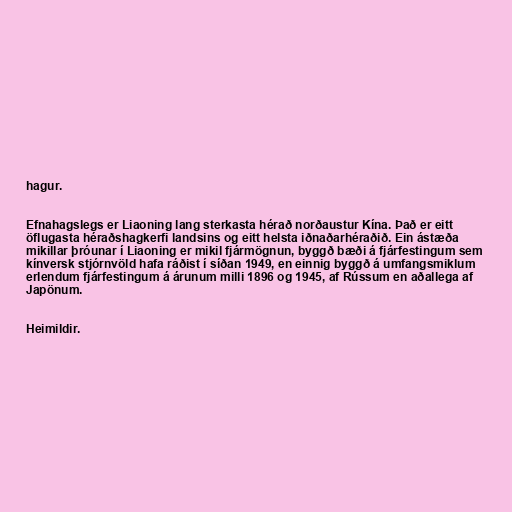
hagur.

Efnahagslegs er Liaoning lang sterkasta hérað norðaustur Kína. Það er eitt
öflugasta héraðshagkerfi landsins og eitt helsta iðnaðarhéraðið. Ein ástæða
mikillar þróunar í Liaoning er mikil fjármögnun, byggð bæði á fjárfestingum sem
kínversk stjórnvöld hafa ráðist í síðan 1949, en einnig byggð á umfangsmiklum
erlendum fjárfestingum á árunum milli 1896 og 1945, af Rússum en aðallega af
Japönum.

Heimildir.